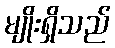
မျိုးရှိသည်